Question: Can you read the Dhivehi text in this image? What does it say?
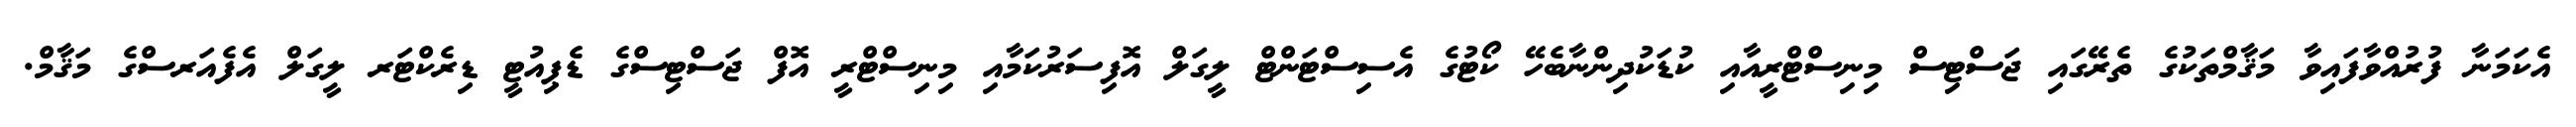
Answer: އެކަމަނާ ފުރުއްވާފައިވާ މަޤާމްތަކުގެ ތެރޭގައި ޖަސްޓިސް މިނިސްޓްރީއާއި ކުޑަކުދިންނާބެހޭ ކޯޓުގެ އެސިސްޓަންޓް ލީގަލް އޮފިސަރުކަމާއި މިނިސްޓްރީ އޮފް ޖަސްޓިސްގެ ޑެޕިއުޓީ ޑިރެކްޓަރ ލީގަލް އެފެއަރސްގެ މަޤާމް.